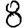
Digit: 8